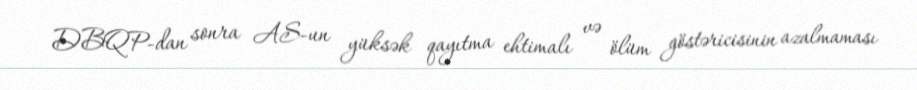
DBQP-dan sonra AS-un yüksək qayıtma ehtimalı və ölüm göstəricisinin azalmaması